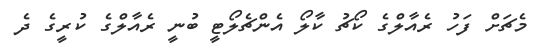
މެޗަށް ފަހު ރެއާލްގެ ކޯޗު ކާލޯ އެންޗެލޯޓީ ބުނީ ރެއާލްގެ ކުރީގެ ދެ